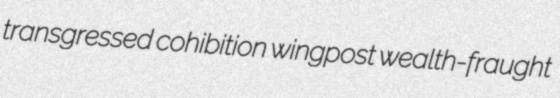
transgressed cohibition wingpost wealth-fraught